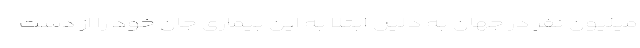
میلیون نفر در جهان به دلیل ابتلا به این بیماری جان خود را از دست‌